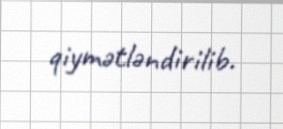
qiymətləndirilib.